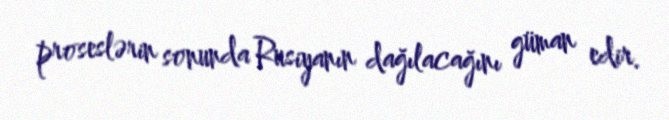
proseslərin sonunda Rusiyanın dağılacağını güman edir.